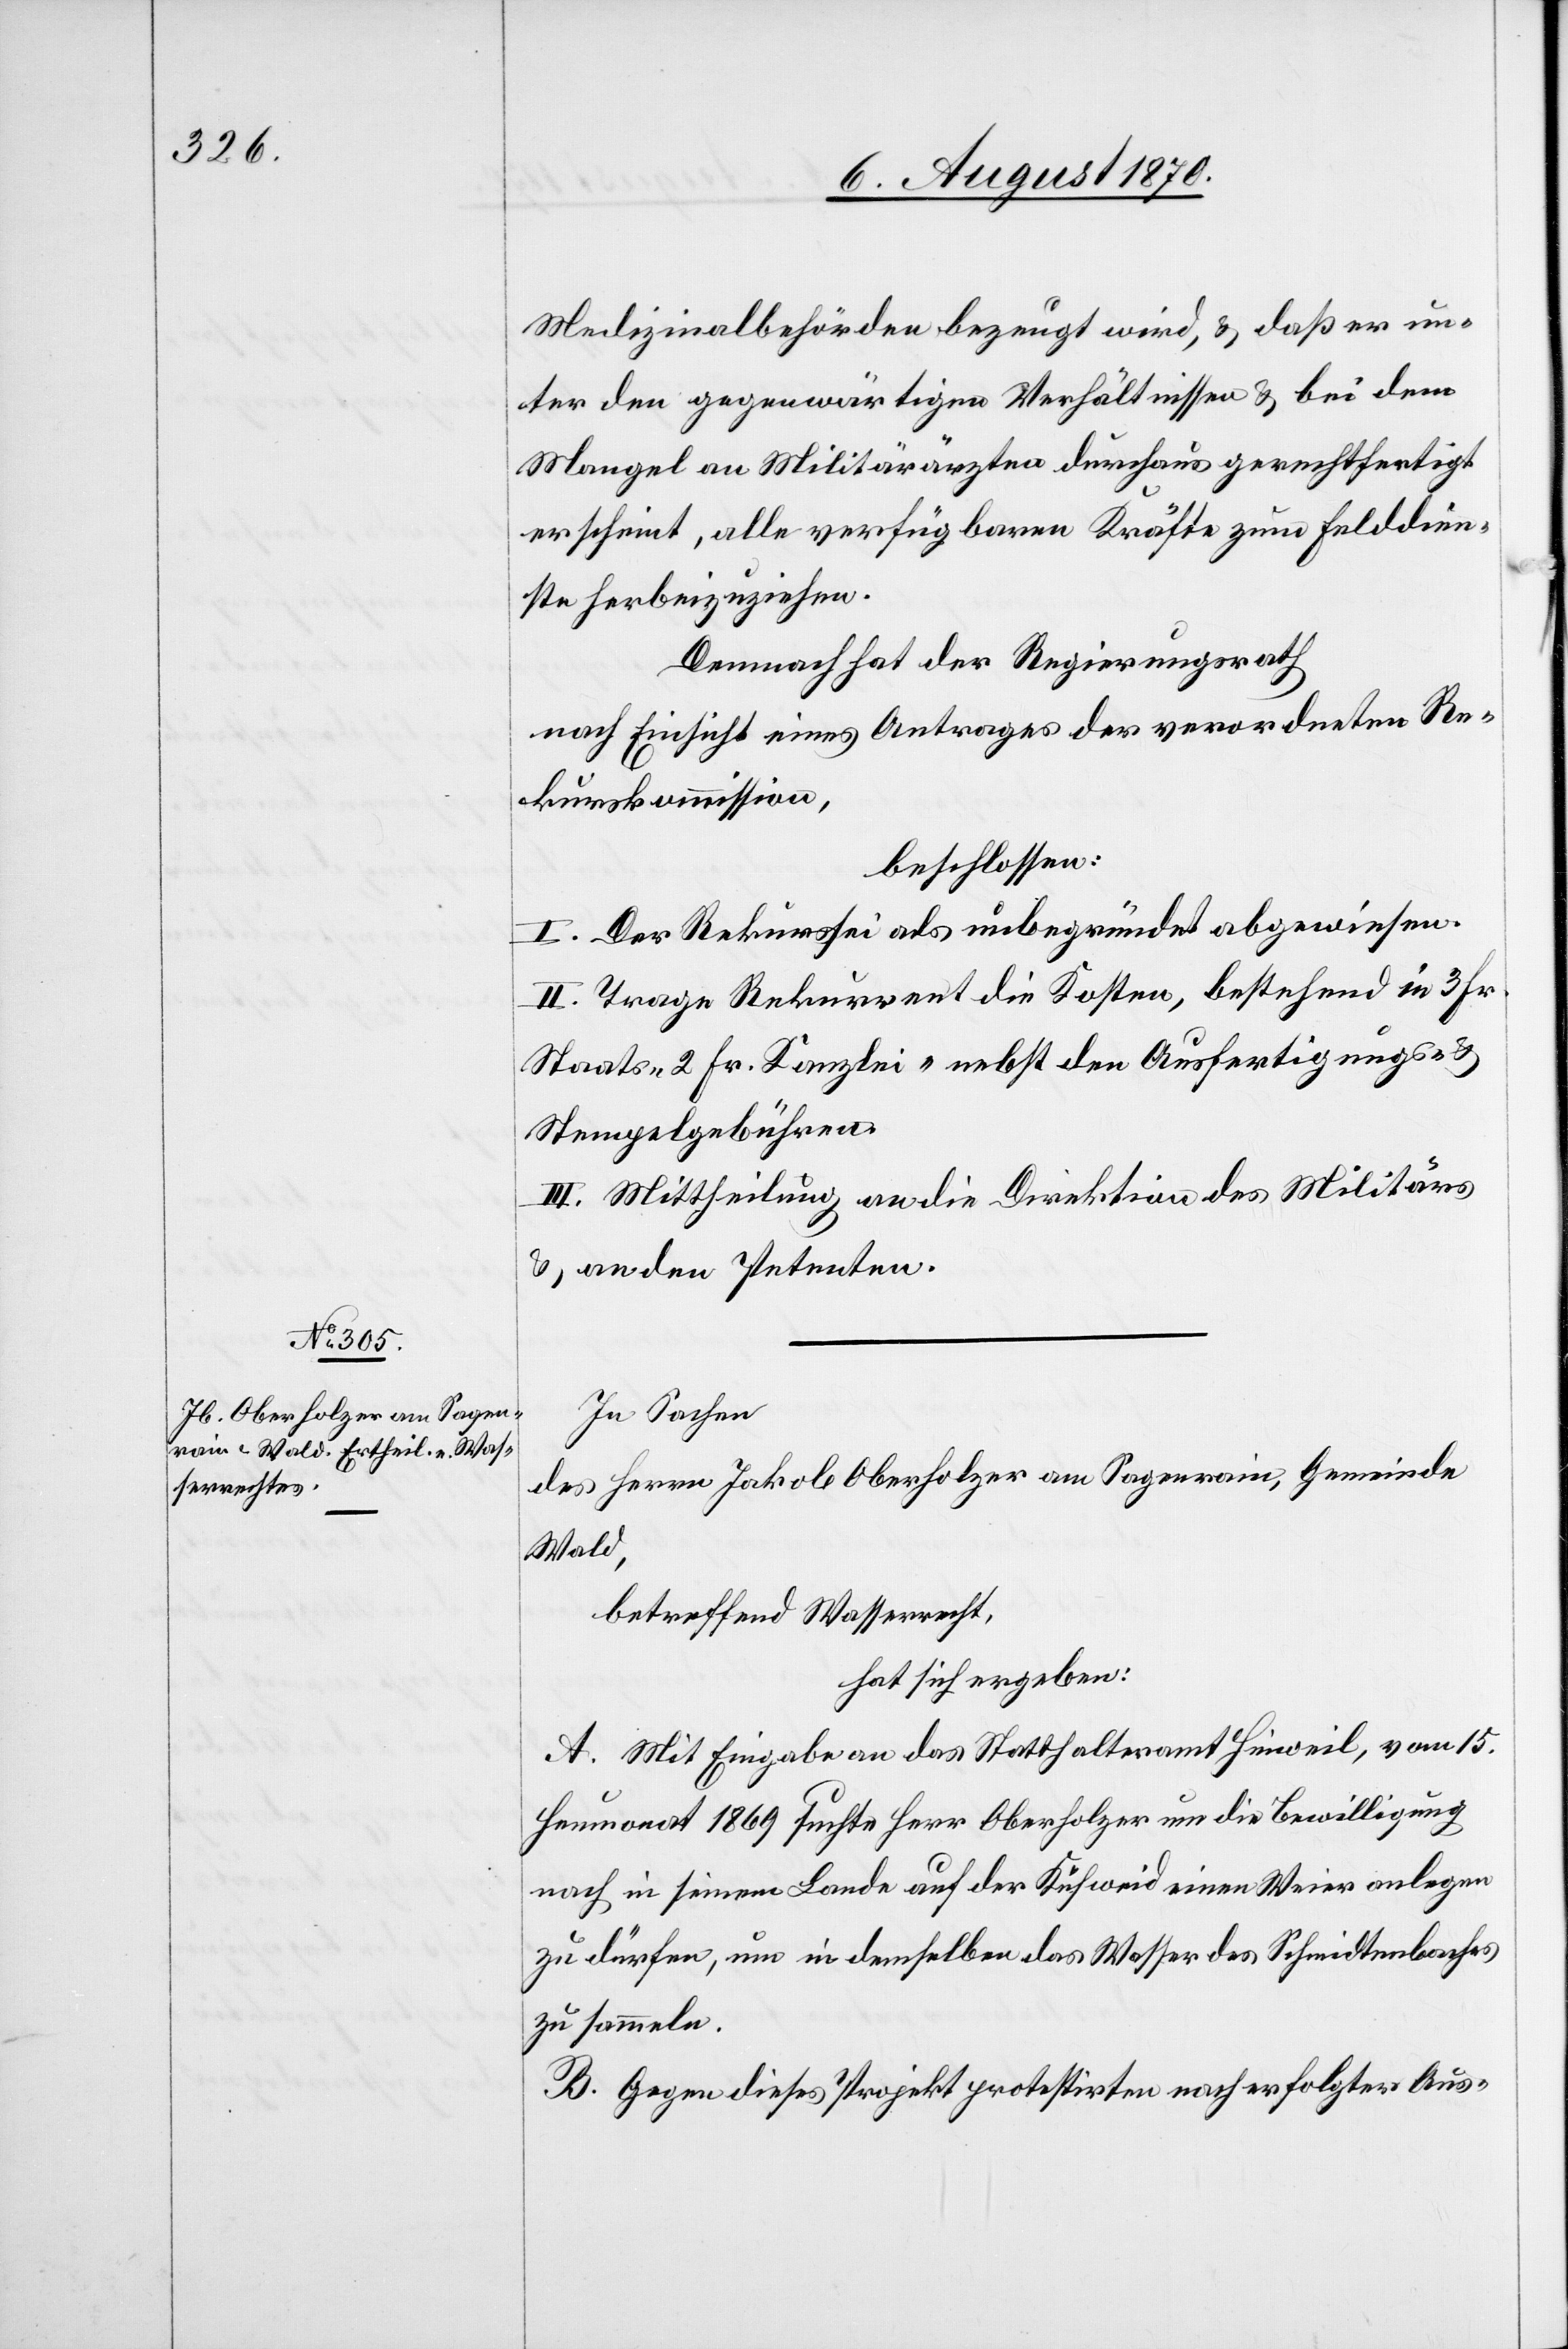
Medizinalbehörden bezeugt wird, & daß er
unter den gegenwärtigen Verhältnissen & bei dem
Mangel an Militärärzten durchaus gerechtfertigt
erscheint, alle verfügbaren Kräfte zum Felddien¬
ste herbeizuziehen.
Demnach hat der Regierungsrath
nach Einsicht eines Antrages der verordneten Re¬
kurskommission,
beschlossen:
I. Der Rekurs sei als unbegründet abgewiesen.
II. Trage Rekurrent die Kosten, bestehend in 3 Fr.
Staats- 2 Fr. Kanzlei- nebst den Ausfertigungs- &
Stempelgebühren.
III. Mittheilung an die Direktion des Militärs
& an den Petenten.
In Sachen
des Herrn Jakob Oberholzer am Sagenrain, Gemeinde
Wald,
betreffend Wasserrecht,
hat sich ergeben:
A. Mit Eingabe an das Statthalteramt Hinweil, vom 15.
Heumonat 1869 suchte Herr Oberholzer um die Bewilligung
nach in seinem Lande auf der Kühweid einen Weier anlegen
zu dürfen, um in demselben das Wasser des Schmidtenbaches
zu sammeln.
B. Gegen dieses Projekt protestirten nach erfolgter Aus-